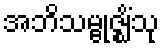
အဘိသမ္ဗုဇ္ဈိံသု